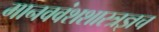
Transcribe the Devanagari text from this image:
मानववंशशास्त्रज्ञच